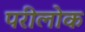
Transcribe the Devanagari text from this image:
परीलोक